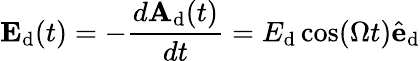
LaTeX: \mathbf{E}_{\textrm{d}}(t)=-\frac{d\mathbf{A}_{\textrm{d}}(t)}{dt}=E_{\textrm{d}}\cos(\Omega t)\hat{\mathbf{e}}_{\textrm{d}}